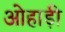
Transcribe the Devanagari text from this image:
ओहाड़ी